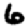
Digit: 6